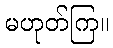
မဟုတ်ကြ။